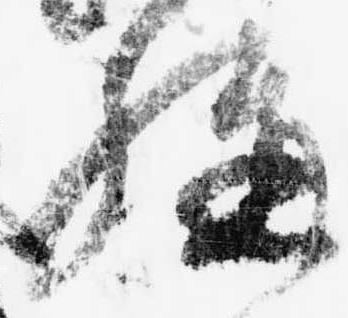
構